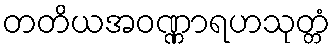
တတိယအဝဏ္ဏာရဟသုတ္တံ